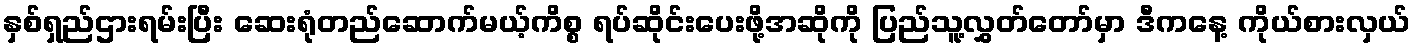
နှစ်ရှည်ဌားရမ်းပြီး ဆေးရုံတည်ဆောက်မယ့်ကိစ္စ ရပ်ဆိုင်းပေးဖို့အဆိုကို ပြည်သူ့လွှတ်တော်မှာ ဒီကနေ့ ကိုယ်စားလှယ်